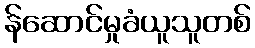
န်ဆောင်မှုခံယူသူတစ်